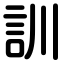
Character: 訓